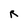
Character: R